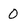
Character: 0